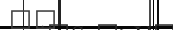
٤٤